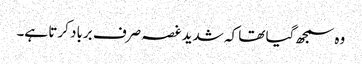
وہ سمجھ گیا تھا کہ شدید غصہ صرف برباد کرتا ہے۔